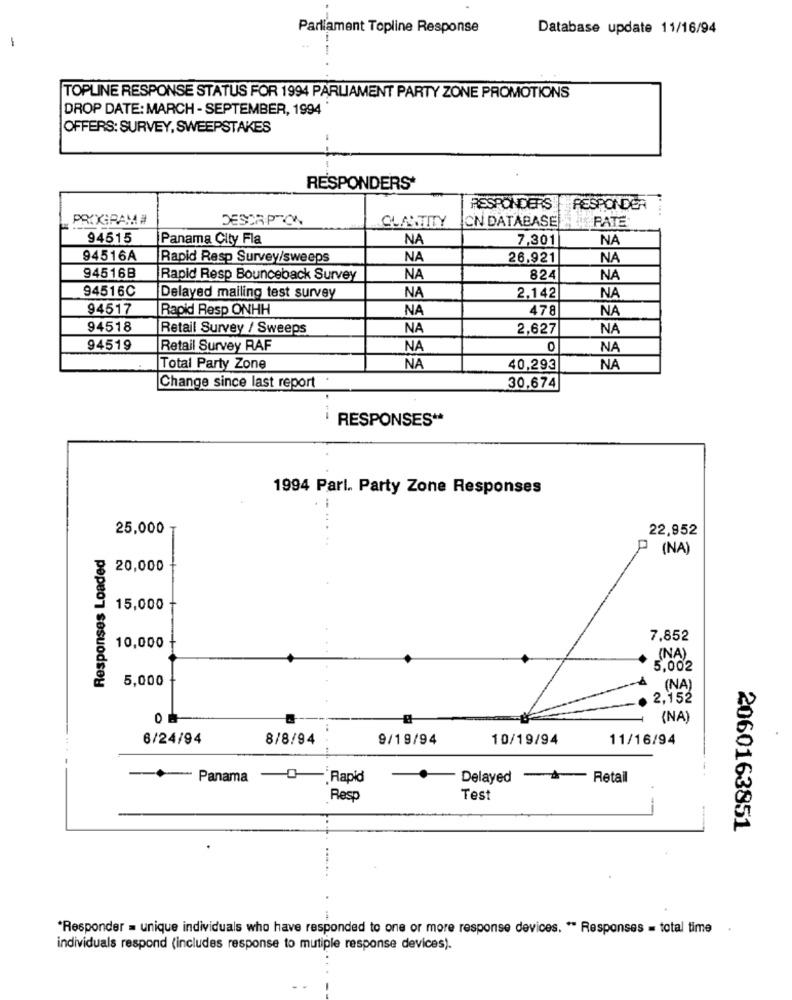
Parliament Topline Response
Database update 11/16/94
-
TOPLINE RESPONSE STATUS FOR 1994 PARLIAMENT PARTY ZONE PROMOTIONS
DROP DATE: MARCH - SEPTEMBER, 1994
OFFERS: SURVEY, SWEEPSTAKES
RESPONDERS*
RESPONDERS
RESPONDER
PRIXIRAM #
DESCRIPTION
QUANTITY
CN DATABASE
PATE
94515
Panama City Fla
NA
7,301
NA
94516A
Rapid Resp Survey/sweeps
NA
26.921
NA
94516B
Rapid Resp Bounceback Survey
NA
824
NA
94516C
NA
Delayed mailing test survey
2,142
NA
94517
Rapid Resp ONHH
NA
478
NA
94518
Retail Survey / Sweeps
NA
2,627
NA
94519
Retail Survey RAF
NA
0
NA
Total Party Zone
NA
40,293
NA
Change since last report
30,674
- --
RESPONSES **
1994 Parl. Party Zone Responses
25,000
22,952
Responses Loaded
P (NA)
₹ 20,000
15,000
10,000
7,852
(NA)
5,002
5,000
(NA)
, 2,152
0
(NA)
6/24/94
8/8/94
9/19/94
10/19/94
11/16/94
Panama
*Rapid
- Delayed
- Retail
Resp
Test
2060163851
*Responder = unique individuals who have responded to one or more response devices. ** Responses = total time
.
individuals respond (includes response to mutiple response devices).